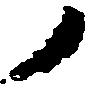
ノ